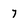
Character: 7